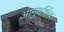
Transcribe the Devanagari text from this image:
आनुवशिंक